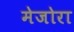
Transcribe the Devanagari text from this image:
मेजोरा